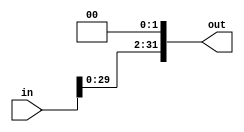
module ShiftLeft(input[31:0] in,
		output[31:0] out);
	
	assign out = in << 2;

endmodule